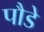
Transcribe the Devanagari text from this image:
पौडे